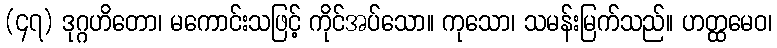
(၄၇) ဒုဂ္ဂဟိတော၊ မကောင်းသဖြင့် ကိုင်အပ်သော။ ကုသော၊ သမန်းမြက်သည်။ ဟတ္ထမေဝ၊